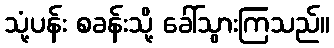
သုံ့ပန်း စခန်းသို့ ခေါ်သွားကြသည်။